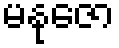
မနုဇော